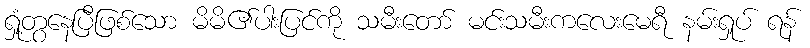
ရှုံ့တွနေပြီဖြစ်သော မိမိ၏ပါးပြင်ကို သမီးတော် မင်းသမီးကလေးမေရီ နမ်းရှုပ် ရန်